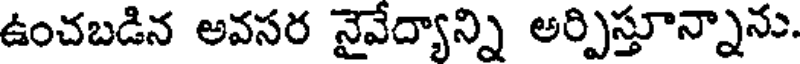
ఉంచబడిన అవసర నైవేద్యాన్ని అర్పిస్తూన్నాను.